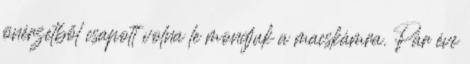
önérzetből csapott volna le mondjuk a macskámra. Pár éve